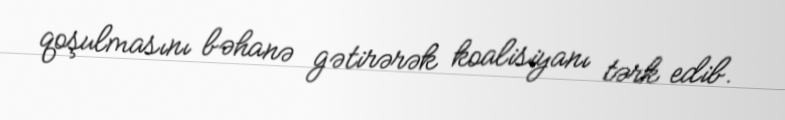
qoşulmasını bəhanə gətirərək koalisiyanı tərk edib.